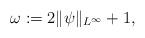
LaTeX: \begin{align*}\omega:=2\|\psi\|_{L^\infty}+1,\end{align*}